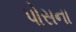
પોસના